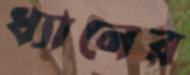
ধ্যানের